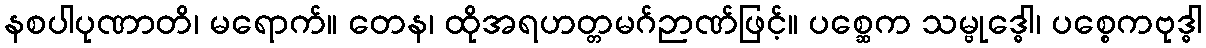
နစပါပုဏာတိ၊ မရောက်။ တေန၊ ထိုအရဟတ္တမဂ်ဉာဏ်ဖြင့်။ ပစ္ဆေက သမ္ဗုဒ္ဓေါ၊ ပစ္စေကဗုဒ္ဓါ